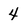
Character: 4